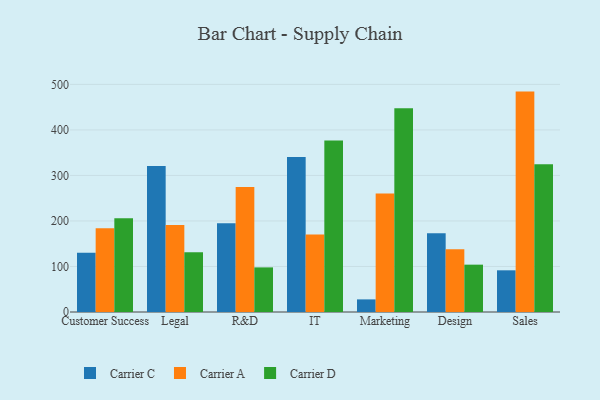
{"axis": {"x": "Department", "y": "Active Users"}, "legend": ["Carrier A", "Carrier C", "Carrier D"], "data": [{"x": "Customer Success", "y": 129.9, "type": "Carrier C"}, {"x": "Customer Success", "y": 184.1, "type": "Carrier A"}, {"x": "Customer Success", "y": 205.7, "type": "Carrier D"}, {"x": "Legal", "y": 320.8, "type": "Carrier C"}, {"x": "Legal", "y": 191.1, "type": "Carrier A"}, {"x": "Legal", "y": 131.5, "type": "Carrier D"}, {"x": "R&D", "y": 194.8, "type": "Carrier C"}, {"x": "R&D", "y": 274.5, "type": "Carrier A"}, {"x": "R&D", "y": 98.0, "type": "Carrier D"}, {"x": "IT", "y": 340.4, "type": "Carrier C"}, {"x": "IT", "y": 170.2, "type": "Carrier A"}, {"x": "IT", "y": 376.6, "type": "Carrier D"}, {"x": "Marketing", "y": 27.7, "type": "Carrier C"}, {"x": "Marketing", "y": 260.6, "type": "Carrier A"}, {"x": "Marketing", "y": 447.7, "type": "Carrier D"}, {"x": "Design", "y": 172.9, "type": "Carrier C"}, {"x": "Design", "y": 138.0, "type": "Carrier A"}, {"x": "Design", "y": 104.0, "type": "Carrier D"}, {"x": "Sales", "y": 91.6, "type": "Carrier C"}, {"x": "Sales", "y": 484.2, "type": "Carrier A"}, {"x": "Sales", "y": 324.5, "type": "Carrier D"}]}